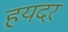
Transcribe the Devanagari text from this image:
हयदर